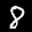
Label: 8